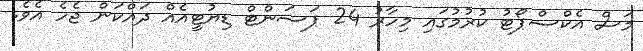
މަސް އެކްސްޕޯޓު ކުރުމުގައި މިހާރު 24 ޕަސަންޓް ޑިޔުޓީއެއް ދައްކަން ޖެހެ އެވެ.